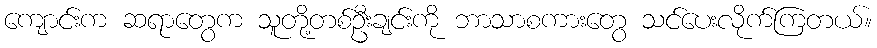
ကျောင်းက ဆရာတွေက သူတို့တစ်ဦးချင်းကို ဘာသာစကားတွေ သင်ပေးလိုက်ကြတယ်။